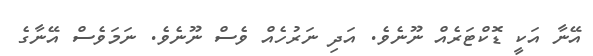
އޭނާ އަކީ ޑޮކްޓަރެއް ނޫނެވެ. އަދި ނަރުހެއް ވެސް ނޫނެވެ. ނަމަވެސް އޭނާގެ